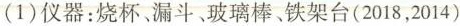
(1)仪器：烧杯、漏斗、玻璃棒、铁架台{2018，2014)